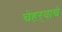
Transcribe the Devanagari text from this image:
चेहऱ्याचे